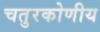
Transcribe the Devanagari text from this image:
चतुरकोणीय